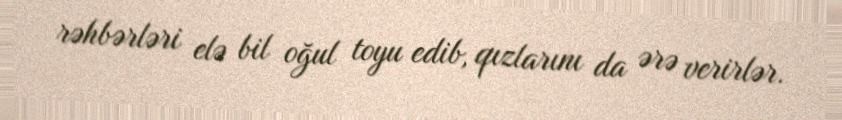
rəhbərləri elə bil oğul toyu edib, qızlarını da ərə verirlər.